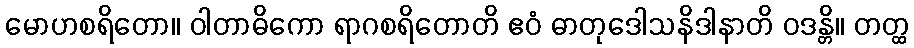
မောဟစရိတော။ ဝါတာဓိကော ရာဂစရိတောတိ ဧဝံ ဓာတုဒေါသနိဒါနာတိ ဝဒန္တိ။ တတ္ထ